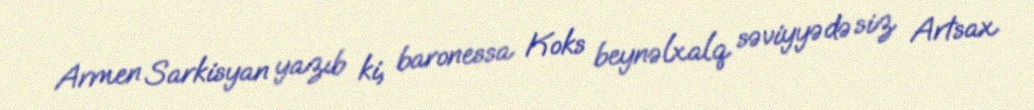
Armen Sarkisyan yazıb ki, baronessa Koks beynəlxalq səviyyədə siz Artsax